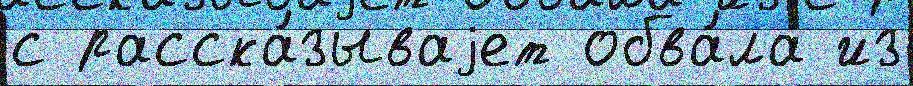
с расска́зываjет обва́ла из